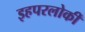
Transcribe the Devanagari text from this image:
इहपरलोकीं